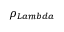
\rho _ { L a m b d a }